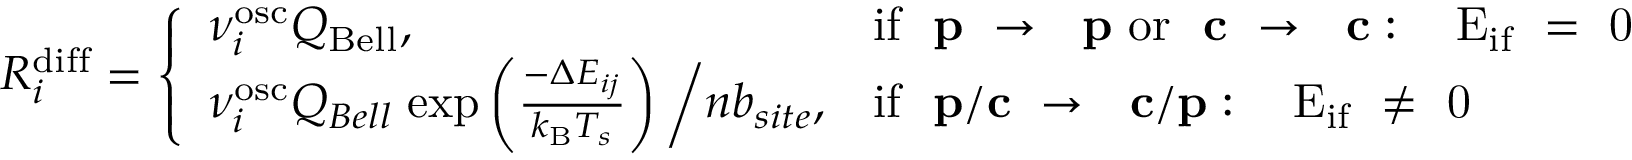
R _ { i } ^ { \mathrm { { d i f f } } } = \left\{ \begin{array} { l l } { \nu _ { i } ^ { \mathrm { o s c } } Q _ { \mathrm { { B e l l } } } , } & { \mathrm { i f ~ { \bf ~ p } ~ \rightarrow ~ { \bf ~ p } ~ o r ~ { \bf ~ c } ~ \rightarrow ~ { \bf ~ c } : ~ \Delta ~ E _ { i f } ~ = ~ 0 ~ } } \\ { \nu _ { i } ^ { \mathrm { o s c } } Q _ { B e l l } \; \mathrm { e x p } \left( \frac { - \Delta E _ { i j } } { k _ { \mathrm { { B } } } T _ { s } } \right) \bigg / n b _ { s i t e } , } & { \mathrm { i f ~ { \bf ~ p / c } ~ \rightarrow ~ { \bf ~ c / p } : ~ \Delta ~ E _ { i f } ~ \ne ~ 0 ~ } } \end{array} \right.